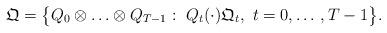
LaTeX: \begin{align*}\mathfrak{Q}=\big\{Q_0\otimes\dotso\otimes Q_{T-1}:\ Q_t(\cdot)\mathfrak{Q}_t,\ t=0,\dotso,T-1\big\}.\end{align*}